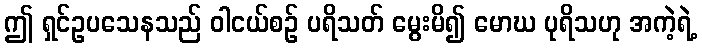
ဤ ရှင်ဥပသေနသည် ဝါငယ်စဉ် ပရိသတ် မွေးမိ၍ မောဃ ပုရိသဟု အကဲ့ရဲ့